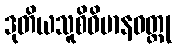
ဒုတိယသူစိဝိမာနဝတ္ထု